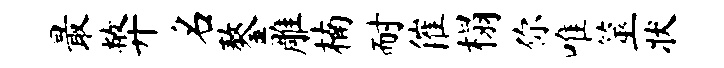
最弊名鏊雕楠耐催榻你唯筮状